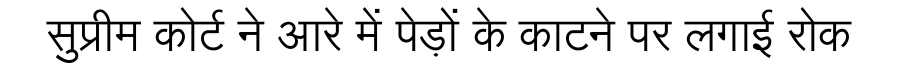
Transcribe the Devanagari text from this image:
सुप्रीम कोर्ट ने आरे में पेड़ों के काटने पर लगाई रोक